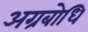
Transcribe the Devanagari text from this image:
अग्रबोधि